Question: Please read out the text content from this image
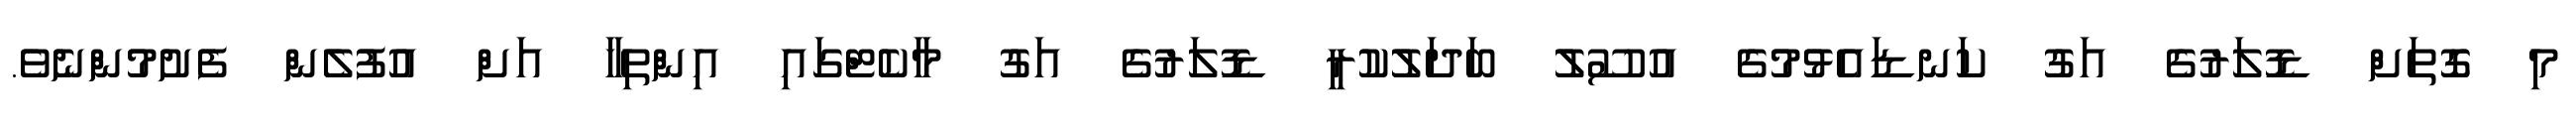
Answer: މި ގޮތަށް ޑޮލަރުގެ އަގު ކަނޑައެޅުމުގެ އުސޫލު ބަދަލުކުރީ ޑޮލަރުގެ އަގު މާކެޓްގައި އިންތިހާ އަށް އުފުލެން ފެށުމުންނެވެ.